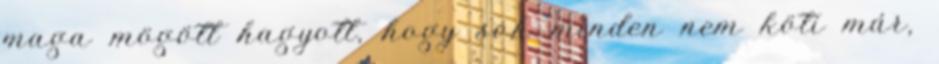
maga mögött hagyott, hogy sok minden nem köti már,